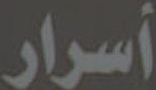
أسرار